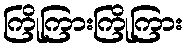
ကြိုကြားကြိုကြား